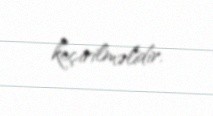
keçirilməlidir.